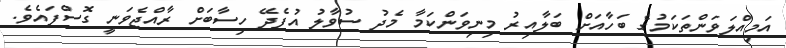
އަމިއްލަވަންތަކަމުގެ ބަހާއަށް ބަލާއިރު މިނިވަންކަމާ މެދު ސުވާލު އުފެދޭ ހިސާބަށް ރާއްޖެވަނީ ގޮސްފައެވެ.